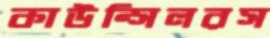
কাউন্সিলরস